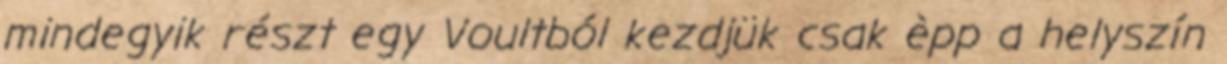
mindegyik részt egy Voultból kezdjük csak èpp a helyszín